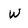
Character: W